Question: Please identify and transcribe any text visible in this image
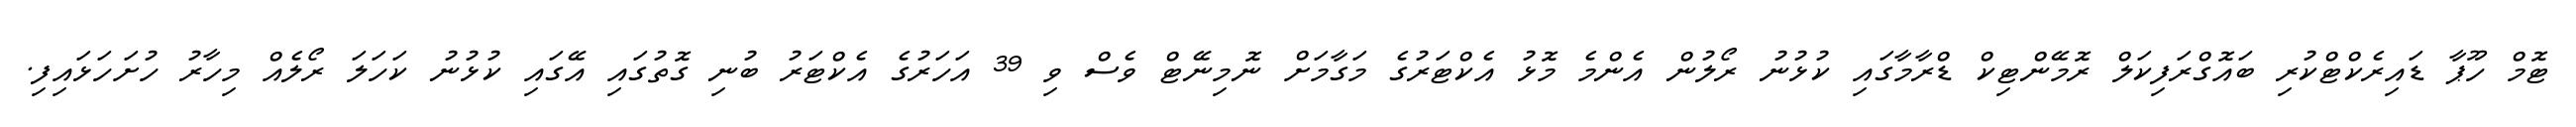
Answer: ޓޮމް ހޫޕާ ޑައިރެކްޓްކުރި ބައޮގްރަފިކަލް ރޮމޭންޓިކް ޑްރާމާގައި ކުޅުނު ރޯލުން އެންމެ މޮޅު އެކްޓަރުގެ މަގާމަށް ނޮމިނޭޓް ވެސް ވި 39 އަހަރުގެ އެކްޓަރު ބުނި ގޮތުގައި އޭގައި ކުޅުނު ކަހަލަ ރޯލެއް މިހާރު ހުށަހަޅައިފި.